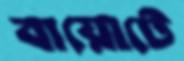
বায়োটে